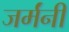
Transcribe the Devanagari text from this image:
जर्मंनी